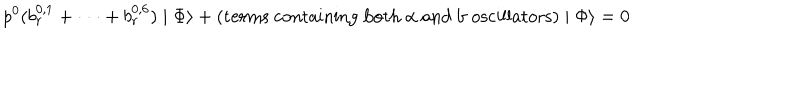
p ^ { 0 } ( b _ { r } ^ { 0 , 1 } + \cdot \cdot \cdot + b _ { r } ^ { 0 , 6 } ) \mid \Phi \rangle + \mathrm { ( t e r m s ~ c o n t a i n i n g ~ b o t h ~ \ a l p h a ~ a n d ~ b ~ o s c i l l a t o r s ) } \mid \Phi \rangle = 0